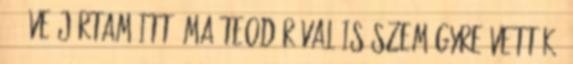
11 éve jártam itt. Ma Teodórával is szemügyre vettük.